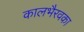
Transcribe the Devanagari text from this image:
कालभैरवका